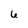
Character: 6